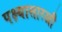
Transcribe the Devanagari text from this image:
पक्ष्यासारखी